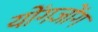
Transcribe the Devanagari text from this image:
योंगजोंग